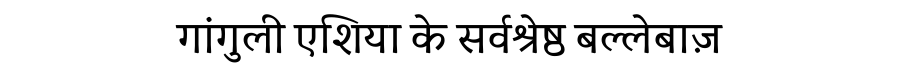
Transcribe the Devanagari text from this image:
गांगुली एशिया के सर्वश्रेष्ठ बल्लेबाज़